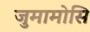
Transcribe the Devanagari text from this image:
जुमामोसि